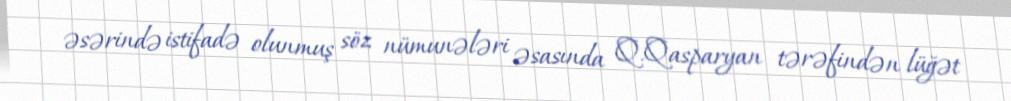
əsərində istifadə olunmuş söz nümunələri əsasında Q.Qasparyan tərəfindən lüğət